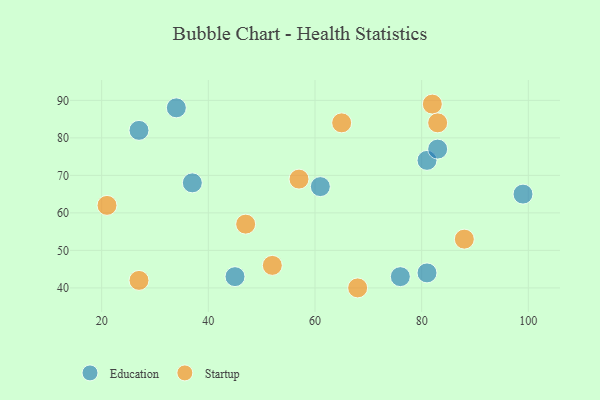
{"axis": {"x": "GDP", "y": "Life Expectancy"}, "legend": ["Education", "Startup"], "data": [{"x": "27", "y": 82, "type": "Education"}, {"x": "81", "y": 74, "type": "Education"}, {"x": "83", "y": 77, "type": "Education"}, {"x": "45", "y": 43, "type": "Education"}, {"x": "99", "y": 65, "type": "Education"}, {"x": "34", "y": 88, "type": "Education"}, {"x": "81", "y": 44, "type": "Education"}, {"x": "76", "y": 43, "type": "Education"}, {"x": "61", "y": 67, "type": "Education"}, {"x": "37", "y": 68, "type": "Education"}, {"x": "82", "y": 89, "type": "Startup"}, {"x": "21", "y": 62, "type": "Startup"}, {"x": "27", "y": 42, "type": "Startup"}, {"x": "88", "y": 53, "type": "Startup"}, {"x": "57", "y": 69, "type": "Startup"}, {"x": "52", "y": 46, "type": "Startup"}, {"x": "83", "y": 84, "type": "Startup"}, {"x": "68", "y": 40, "type": "Startup"}, {"x": "47", "y": 57, "type": "Startup"}, {"x": "65", "y": 84, "type": "Startup"}]}